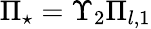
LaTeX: \Pi_{\star}=\Upsilon_{2}\Pi_{l,1}